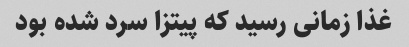
غذا زمانی رسید که پیتزا سرد شده بود